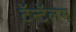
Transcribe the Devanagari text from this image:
टॅन्टॅलम